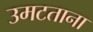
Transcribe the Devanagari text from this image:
उमटताना